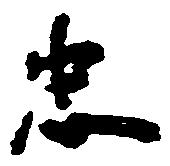
忠